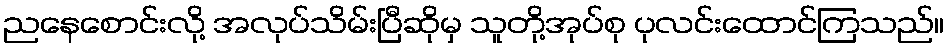
ညနေစောင်းလို့ အလုပ်သိမ်းပြီဆိုမှ သူတို့အုပ်စု ပုလင်းထောင်ကြသည်။